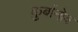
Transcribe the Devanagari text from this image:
कुर्बानोव